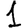
Digit: 1